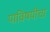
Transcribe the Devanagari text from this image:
याविषयीचा